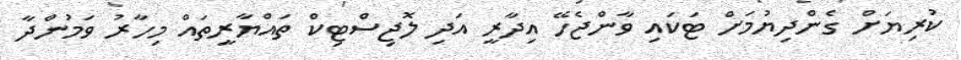
ކުރިޔަށް ގެންދިޔުމަށް ޓަކައި ވާންޖެހޭ އިދާރީ އަދި ލޮޖިސްޓިކް ތައްޔާރީތައް މިހާރު ވަމުންދާ